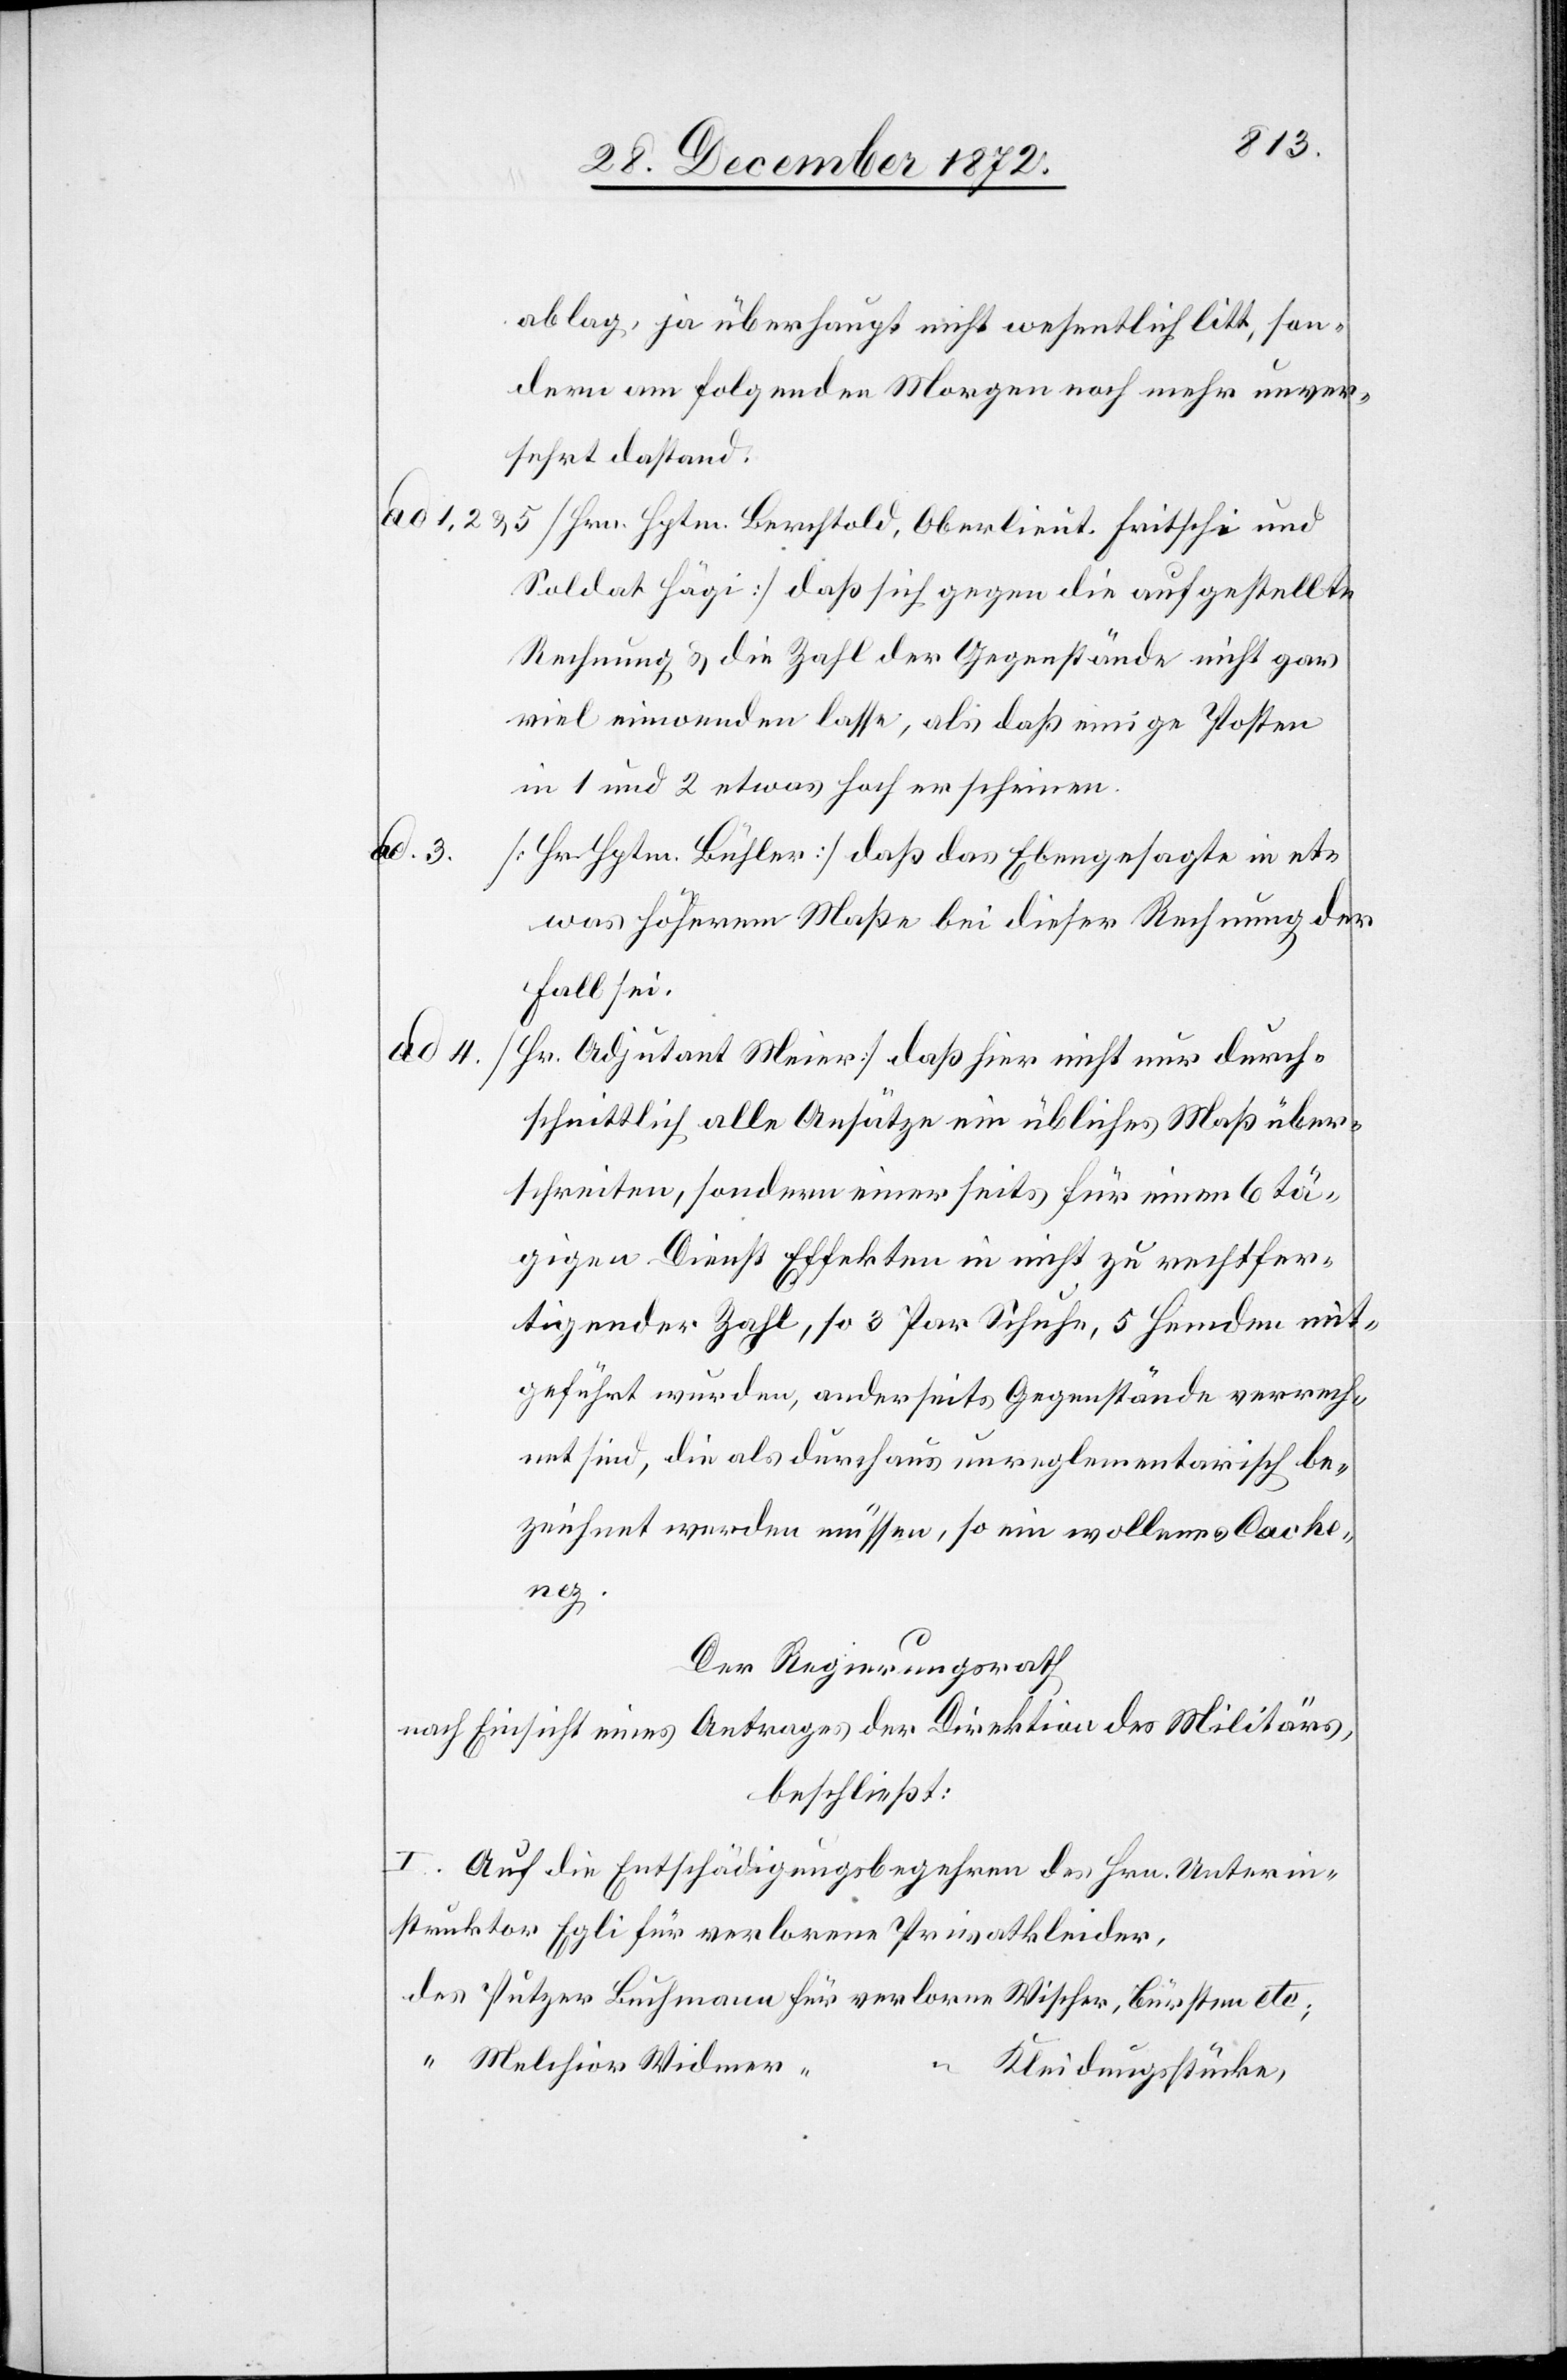
ad. 3.
ad 4.

oblag, ja überhaupt nicht wesentlich litt, son¬
dern am folgenden Morgen noch mehr unver¬
sehrt dastand.
u. 5 [Hrn. Hptm. Berchtold, Oberlieut. Fritschi und
Soldat Hägi] daß sich gegen die aufgestellte
Rechnung u. die Zahl der Gegenstände nicht gar
viel einwenden lasse, als daß einige Posten
in 1 und 2 etwas hoch erscheinen.
[Hr. Hptm. Bühler] daß das Ebengesagte in et¬
was höherem Maße bei dieser Rechnung der
Fall sei.
[Hr. Adjutant Meier] daß hier nicht nur durch¬
schnittlich alle Ansätze ein übliches Maß über¬
schreiten, sondern einer seits für einen 6 tä¬
gigen Dienst Effekten in nicht zu rechtfer¬
tigender Zahl, so 3 Par Schuhe, 5 Hemden mit¬
geführt wurden, anderseits Gegenstände verrech¬
net sind, die als durchaus unreglementarisch be¬
zeichnet werden müssen, so ein wollenes Cache¬
etc;
Der Regierungsrath
nach Einsicht eines Antrages der Direktion des Militärs,
beschließt:
I. Auf die Entschädigungsbegehren des Hrn. Unterin¬
struktor Egli für verlorene Privatkleider,
Melchior Widmer
Kleidungsstücke,